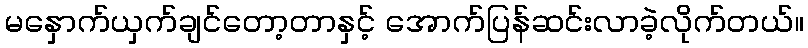
မနှောက်ယှက်ချင်တော့တာနှင့် အောက်ပြန်ဆင်းလာခဲ့လိုက်တယ်။